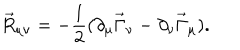
\vec { R } _ { \mu \nu } = - \frac { 1 } { 2 } ( \partial _ { \mu } \vec { \Gamma } _ { \nu } - \partial _ { \nu } \vec { \Gamma } _ { \mu } ) .